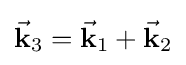
{\vec {\mathbf {k} }}_{3}={\vec {\mathbf {k} }}_{1}+{\vec {\mathbf {k} }}_{2}